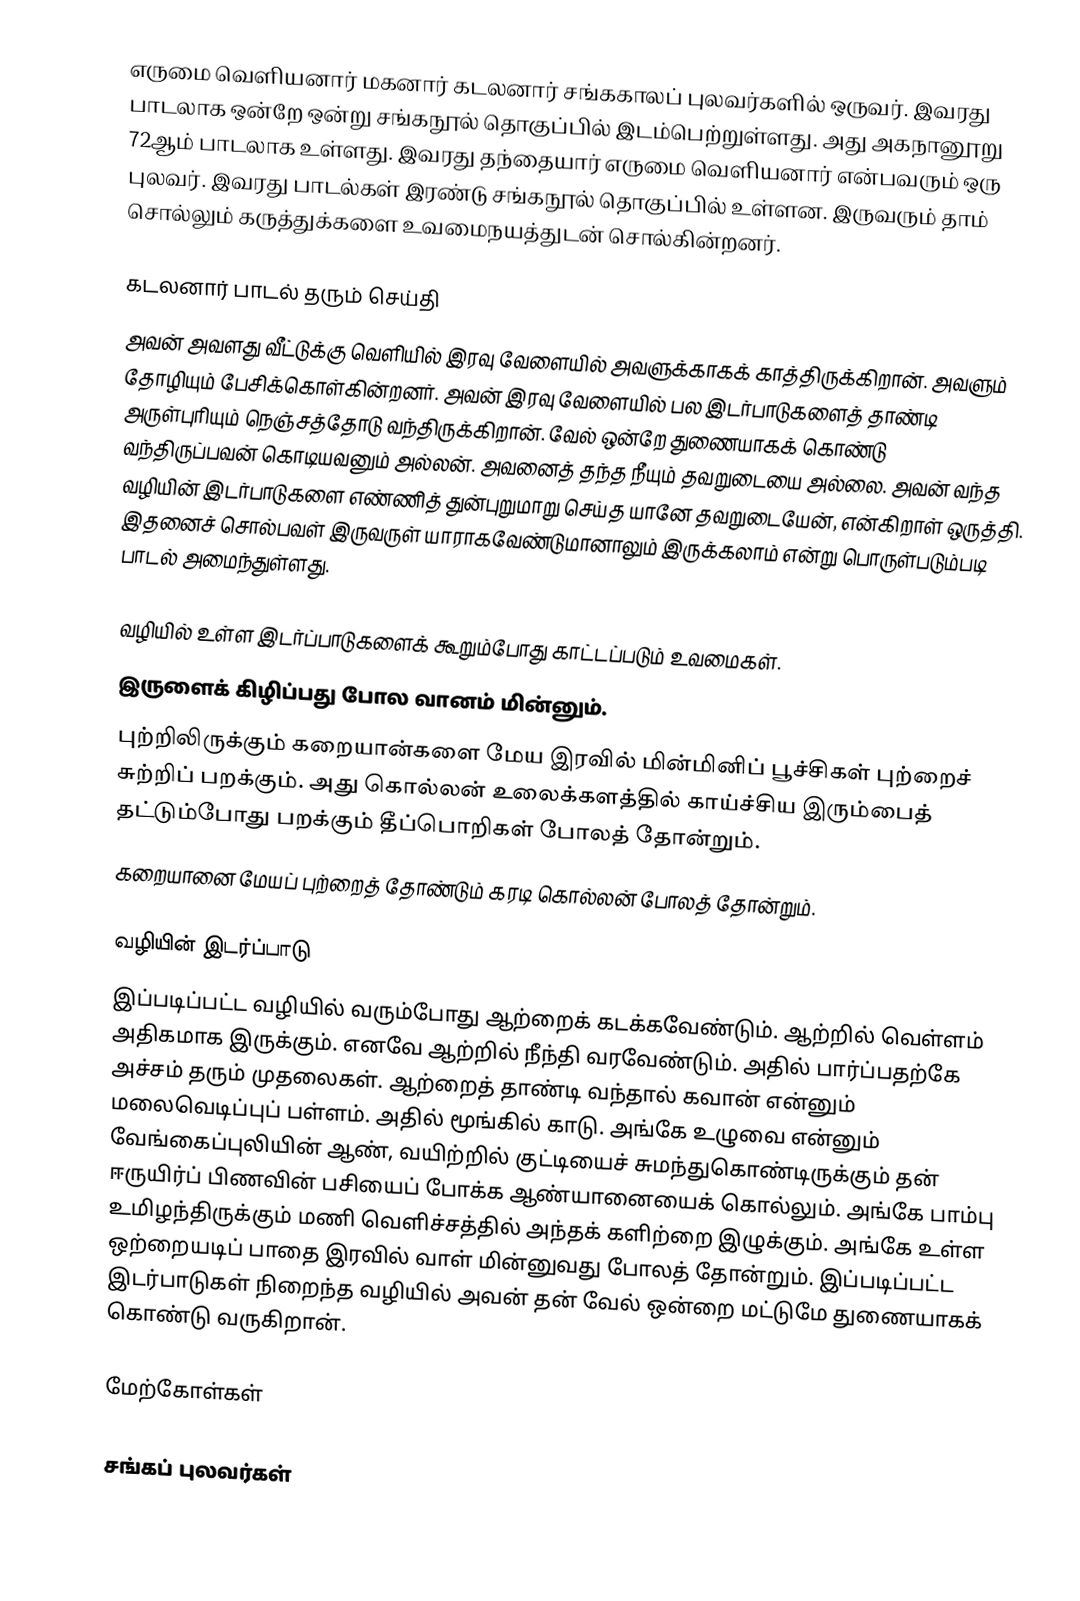
எருமை வெளியனார் மகனார் கடலனார் சங்ககாலப் புலவர்களில் ஒருவர். இவரது பாடலாக ஒன்றே ஒன்று சங்கநூல் தொகுப்பில் இடம்பெற்றுள்ளது. அது அகநானூறு 72ஆம் பாடலாக உள்ளது. இவரது தந்தையார் எருமை வெளியனார் என்பவரும் ஒரு புலவர். இவரது பாடல்கள் இரண்டு சங்கநூல் தொகுப்பில் உள்ளன. இருவரும் தாம் சொல்லும் கருத்துக்களை உவமைநயத்துடன் சொல்கின்றனர்.

கடலனார் பாடல் தரும் செய்தி
அவன் அவளது வீட்டுக்கு வெளியில் இரவு வேளையில் அவளுக்காகக் காத்திருக்கிறான். அவளும் தோழியும் பேசிக்கொள்கின்றனர். அவன் இரவு வேளையில் பல இடர்பாடுகளைத் தாண்டி அருள்புரியும் நெஞ்சத்தோடு வந்திருக்கிறான். வேல் ஒன்றே துணையாகக் கொண்டு வந்திருப்பவன் கொடியவனும் அல்லன். அவனைத் தந்த நீயும் தவறுடையை அல்லை. அவன் வந்த வழியின் இடர்பாடுகளை எண்ணித் துன்புறுமாறு செய்த யானே தவறுடையேன், என்கிறாள் ஒருத்தி. இதனைச் சொல்பவள் இருவருள் யாராகவேண்டுமானாலும் இருக்கலாம் என்று பொருள்படும்படி பாடல் அமைந்துள்ளது.

வழியில் உள்ள இடர்ப்பாடுகளைக் கூறும்போது காட்டப்படும் உவமைகள்.
 இருளைக் கிழிப்பது போல வானம் மின்னும்.
 புற்றிலிருக்கும் கறையான்களை மேய இரவில் மின்மினிப் பூச்சிகள் புற்றைச் சுற்றிப் பறக்கும். அது கொல்லன் உலைக்களத்தில் காய்ச்சிய இரும்பைத் தட்டும்போது பறக்கும் தீப்பொறிகள் போலத் தோன்றும்.
 கறையானை மேயப் புற்றைத் தோண்டும் கரடி கொல்லன் போலத் தோன்றும்.

வழியின் இடர்ப்பாடு
இப்படிப்பட்ட வழியில் வரும்போது ஆற்றைக் கடக்கவேண்டும். ஆற்றில் வெள்ளம் அதிகமாக இருக்கும். எனவே ஆற்றில் நீந்தி வரவேண்டும். அதில் பார்ப்பதற்கே அச்சம் தரும் முதலைகள். ஆற்றைத் தாண்டி வந்தால் கவான் என்னும் மலைவெடிப்புப் பள்ளம். அதில் மூங்கில் காடு. அங்கே உழுவை என்னும் வேங்கைப்புலியின் ஆண், வயிற்றில் குட்டியைச் சுமந்துகொண்டிருக்கும் தன் ஈருயிர்ப் பிணவின் பசியைப் போக்க ஆண்யானையைக் கொல்லும். அங்கே பாம்பு உமிழந்திருக்கும் மணி வெளிச்சத்தில் அந்தக் களிற்றை இழுக்கும். அங்கே உள்ள ஒற்றையடிப் பாதை இரவில் வாள் மின்னுவது போலத் தோன்றும். இப்படிப்பட்ட இடர்பாடுகள் நிறைந்த வழியில் அவன் தன் வேல் ஒன்றை மட்டுமே துணையாகக் கொண்டு வருகிறான்.

மேற்கோள்கள்

சங்கப் புலவர்கள்